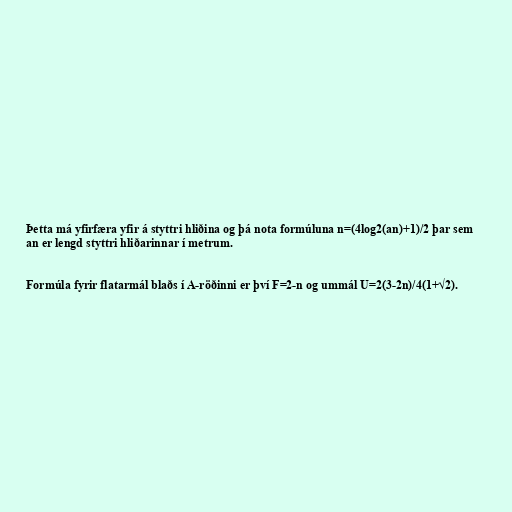
Þetta má yfirfæra yfir á styttri hliðina og þá nota formúluna n=(4log2(an)+1)/2 þar sem
an er lengd styttri hliðarinnar í metrum.

Formúla fyrir flatarmál blaðs í A-röðinni er því F=2-n og ummál U=2(3-2n)/4(1+√2).